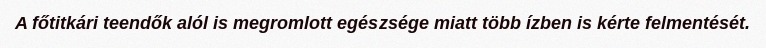
A főtitkári teendők alól is megromlott egészsége miatt több ízben is kérte felmentését.